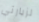
لزيارتي